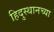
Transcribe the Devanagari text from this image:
हिदुस्थानच्या